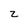
Character: 2